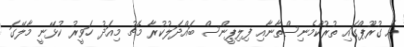
އެ ގުރޫޕްގައި ތުރުކްމެނިސްތާނާއި ފިލިޕީންސް ބައްދަލުކުރާ މެޗު މިއަދު ހަވީރު ކުޅޭނީ މާލޭގަ